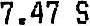
7.47 S